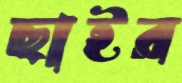
ছাইর